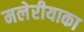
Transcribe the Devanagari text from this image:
मलेरीयाका